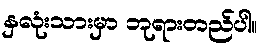
နှလုံးသားမှာ ဘုရားတည်ပါ။